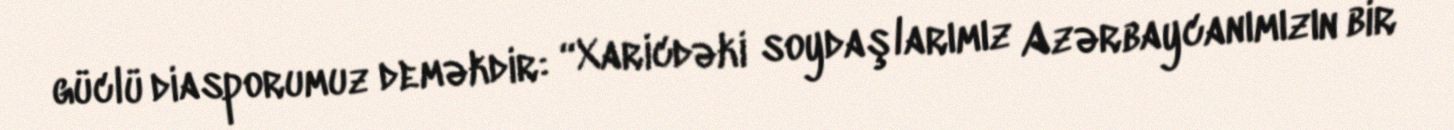
güclü diasporumuz deməkdir: “Xaricdəki soydaşlarımız Azərbaycanımızın bir